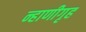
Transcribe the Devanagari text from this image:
न्हाणीगृह